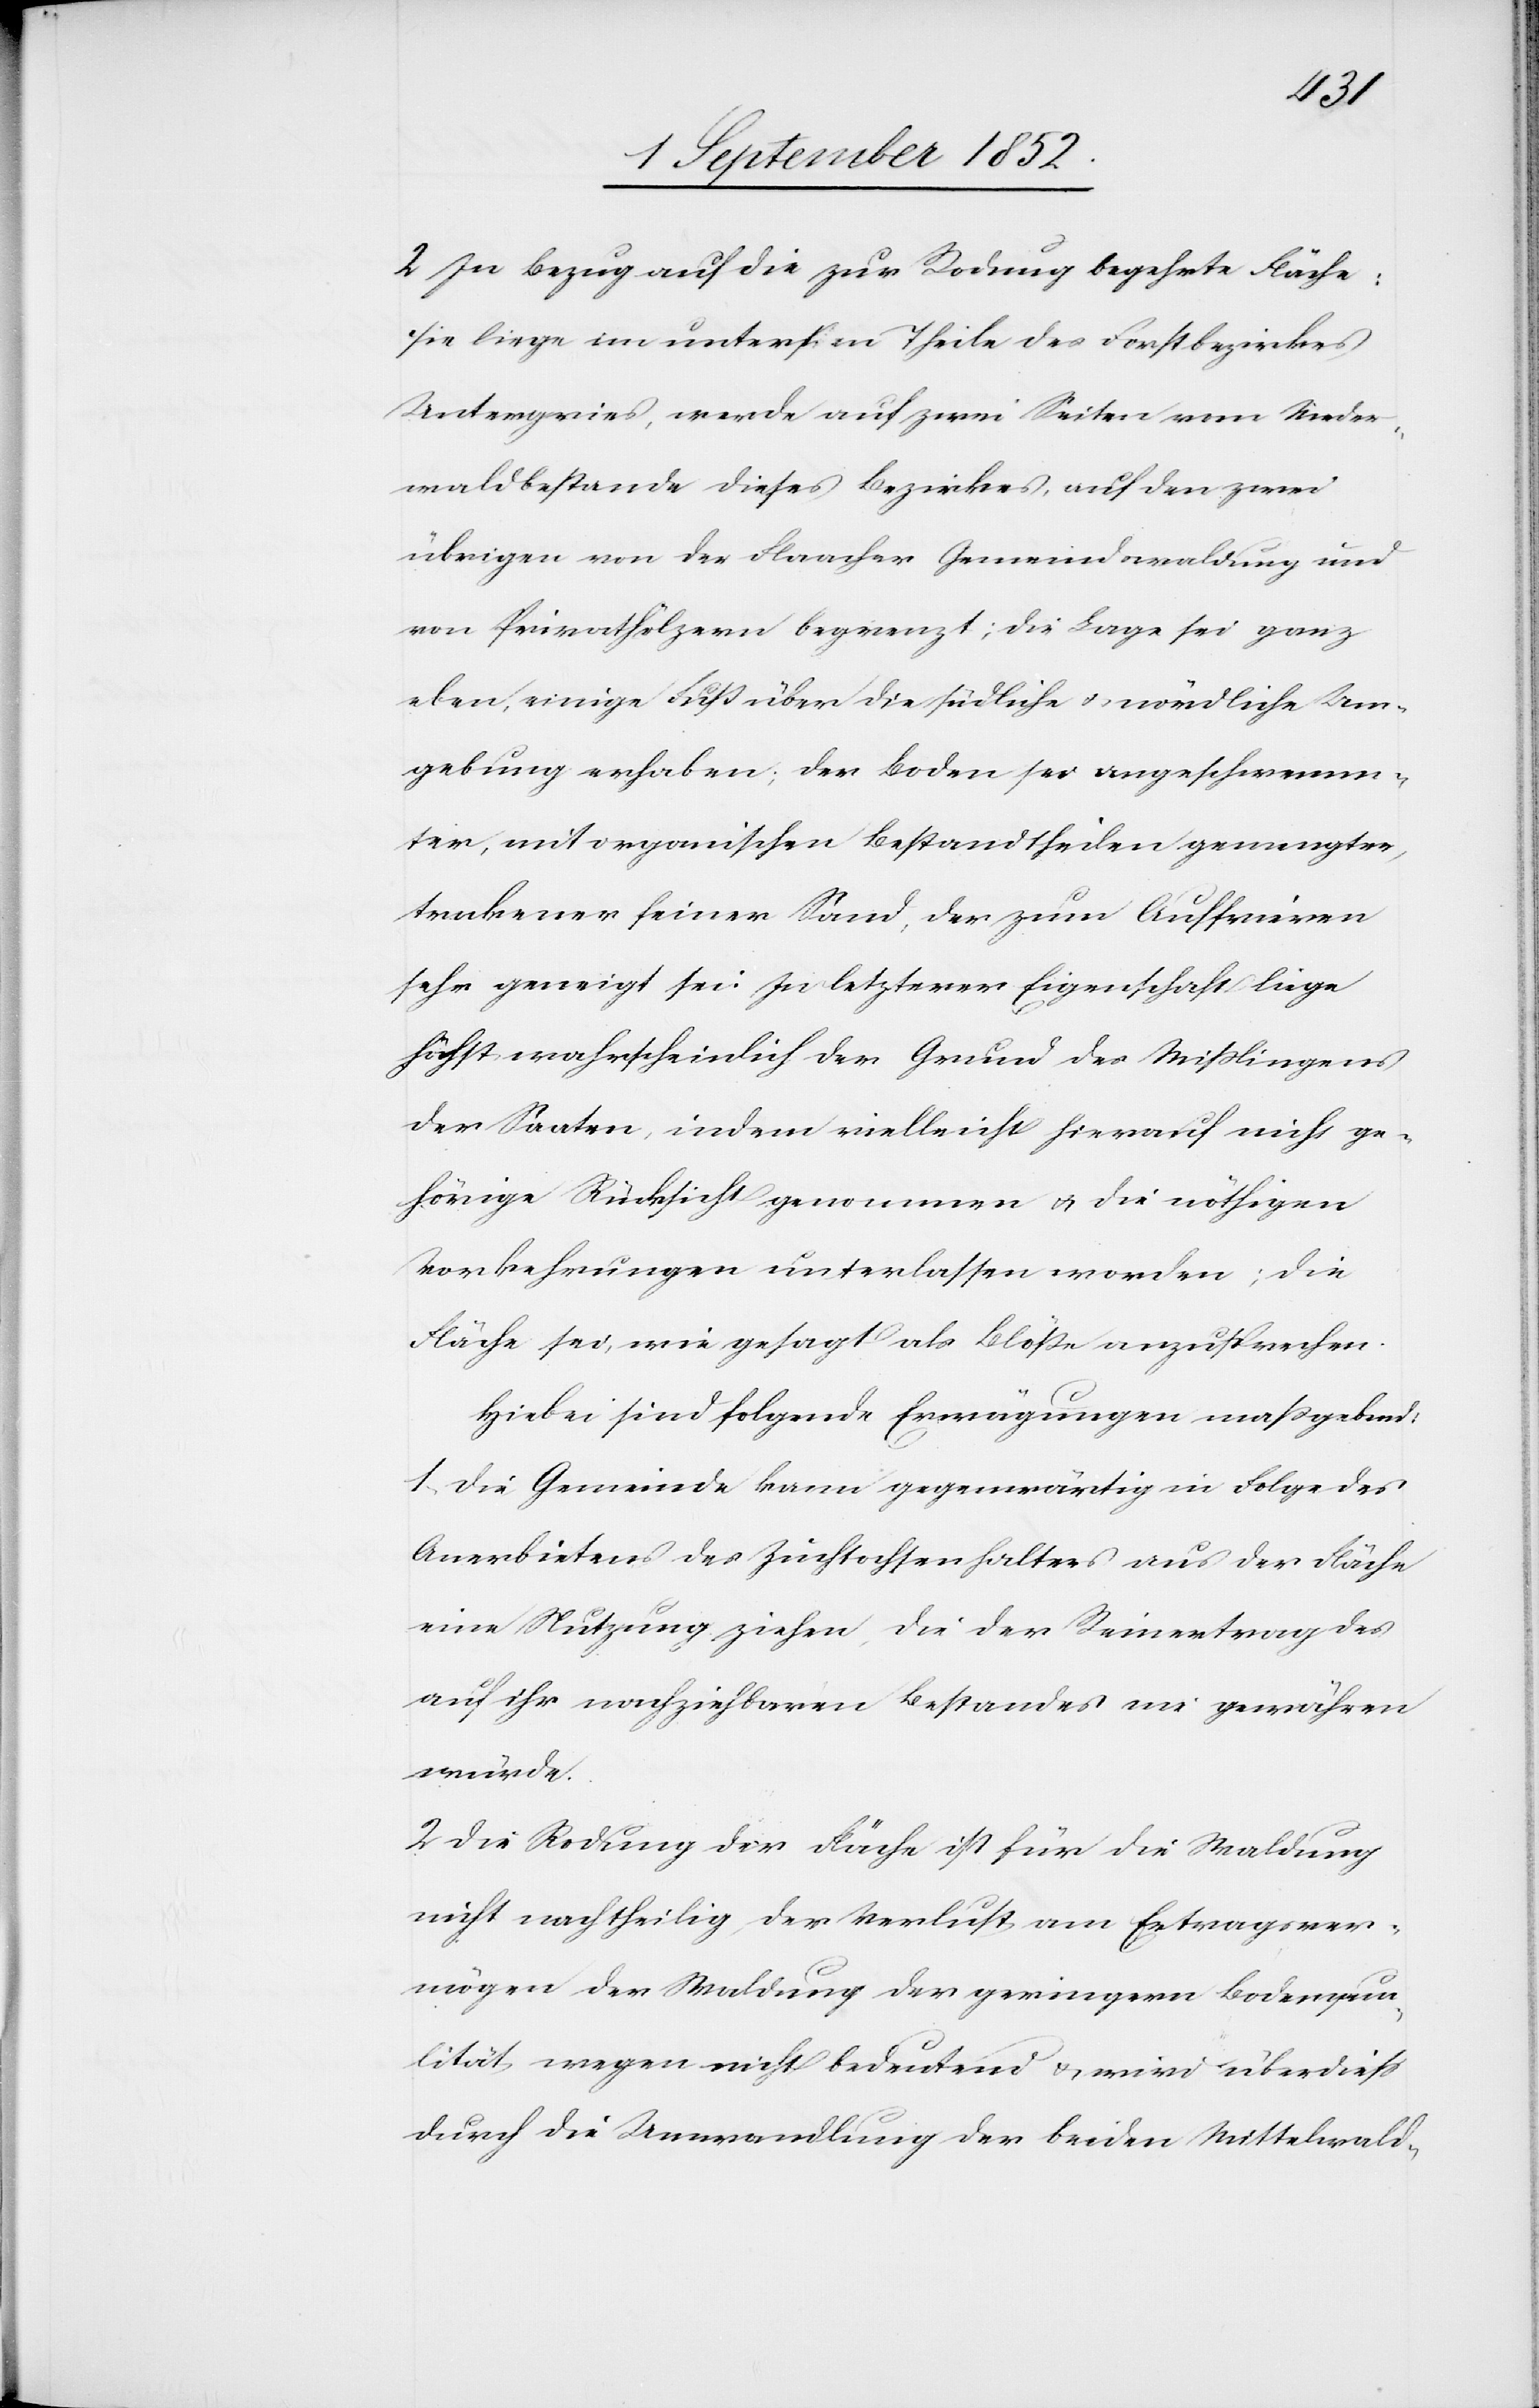
2
In Bezug auf die zur Rodung begehrte Fläche:
sie liege im untersten Theile des Forstbezirkes
Untergries, werde auf zwei Seiten vom Nieder¬
waldbestande dieses Bezirkes, auf den zwei
übrigen von der Flaacher Gemeindswaldung und
von Privathölzern begrenzt; die Lage sei ganz
eben, einige Fuß über die südliche & nördliche Um¬
gebung erhaben; der Boden sei angeschwemm¬
ter, mit organischen Bestandtheilen gemengter,
trockener feiner Sand, der zum Auffrieren
sehr geneigt sei. In letzterer Eigenschaft liege
höchst wahrscheinlich der Grund des Mißlingens
der Saaten, indem vielleicht hierauf nicht ge¬
hörige Rücksicht genommen & die nöthigen
Vorkehrungen unterlassen worden; die
Fläche sei, wie gesagt als Blöße anzusprechen.
Hiebei sind folgende Erwägungen maßgebend:
1, Die Gemeinde kann gegenwärtig in Folge des
Anerbietens des Zuchtochsenhalters aus der Fläche
eine Nutzung ziehen, die der Reinertrag des
auf ihr nachziehbaren Bestandes nie gewähren
würde.
2 Die Rodung der Fläche ist für die Waldung
nicht nachtheilig, der Verlust am Ertragsver¬
mögen der Waldung der geringern Bodenqua¬
lität wegen nicht bedeutend & wird überdiess
durch die Umwandlung der beiden Mittelwald-